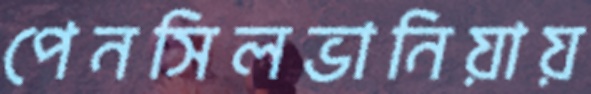
পেনসিলভানিয়ায়